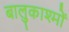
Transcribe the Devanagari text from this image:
बालुकाश्मों